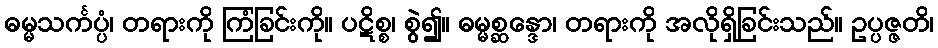
ဓမ္မသင်္ကပ္ပံ၊ တရားကို ကြံခြင်းကို။ ပဋိစ္စ၊ စွဲ၍။ ဓမ္မစ္ဆန္ဒော၊ တရားကို အလိုရှိခြင်းသည်။ ဥပ္ပဇ္ဇတိ၊